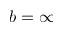
b = \infty